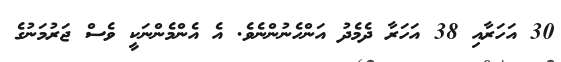
30 އަހަރާއި 38 އަހަރާ ދެމެދު އަންހެނުންނެވެ. އެ އެންމެންނަކީ ވެސް ޖަރުމަނުގެ